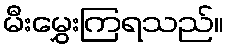
မီးမွှေးကြရသည်။